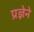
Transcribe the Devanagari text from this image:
प्रज्ञेने